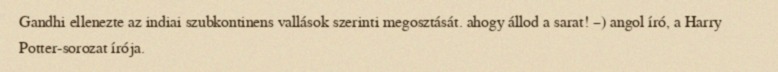
Gandhi ellenezte az indiai szubkontinens vallások szerinti megosztását. ahogy állod a sarat! –) angol író, a Harry Potter-sorozat írója.